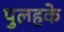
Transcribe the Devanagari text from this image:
पुलहके